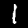
Label: 1